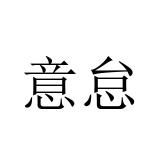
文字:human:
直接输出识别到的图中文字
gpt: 意怠